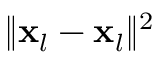
\| \mathbf { x } _ { l } - \mathbf { x } _ { l } \| ^ { 2 }